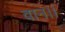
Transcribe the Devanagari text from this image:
वान।।